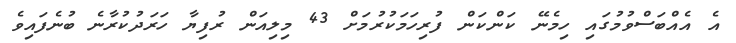
އެ އެއްބަސްވުމުގައި ހިމެނޭ ކަންކަން ފުރިހަމަކުރުމަށް 43 މިލިއަން ރުފިޔާ ހަރަދުކުރާނެ ބުނެފައިވެ